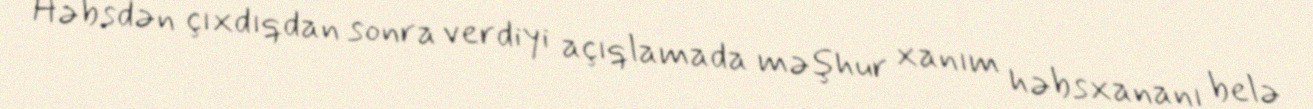
Həbsdən çıxdıqdan sonra verdiyi açıqlamada məşhur xanım həbsxananı belə